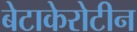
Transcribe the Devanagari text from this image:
बेटाकेरोटीन